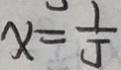
x = \frac { 1 } { 5 }